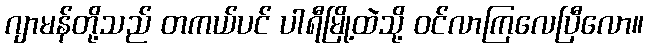
ဂျာမန်တို့သည် တကယ်ပင် ပါရီမြို့ထဲသို့ ဝင်လာကြလေပြီလော။